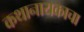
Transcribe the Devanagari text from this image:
कथानायकाचा